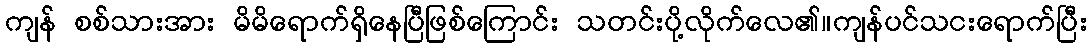
ကျန် စစ်သားအား မိမိရောက်ရှိနေပြီဖြစ်ကြောင်း သတင်းပို့လိုက်လေ၏။ကျန်ပင်သငးရောက်ပြီး